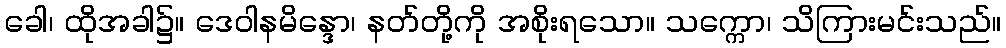
ခေါ၊ ထိုအခါ၌။ ဒေဝါနမိန္ဒော၊ နတ်တို့ကို အစိုးရသော။ သက္ကော၊ သိကြားမင်းသည်။